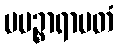
ပပဉ္စာရာမတံ